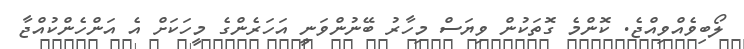
ލޯބިވެއްވިއްޖެ. ކޮންމެ ގޮތަކުން ވިޔަސް މިހާރު ބޭނުންވަނީ އަހަރެންގެ މީހަކަށް އެ އަންހެންކުއްޖާ